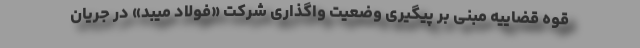
قوه قضاییه مبنی بر پیگیری وضعیت واگذاری شرکت «فولاد میبد» در جریان